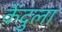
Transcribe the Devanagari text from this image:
केंदुला